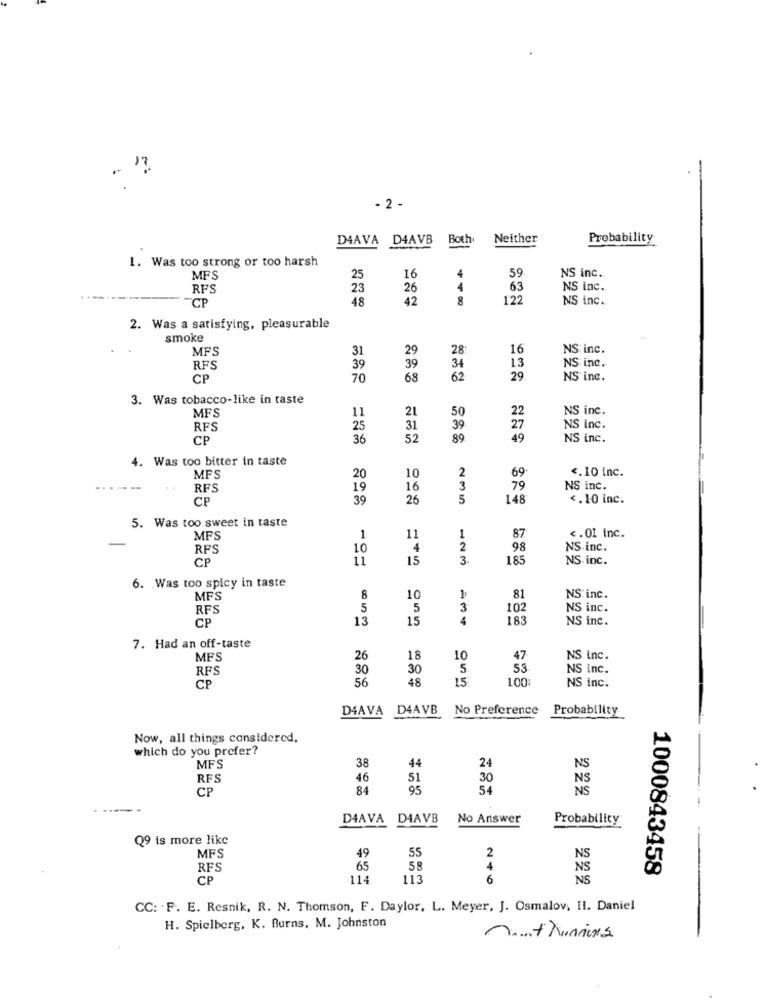
- 2 -
D4AVA D4AVB
Both
Neither
Probability
1. Was too strong or too harsh
MFS
25
16
4
59
NS inc.
RF'S
23
26
4
63
NS inc.
CP
48
42
8
122
NS inc ..
2. Was a satisfying, pleasurable
smoke
MFS
31
29
28
16
NS inc.
RFS
39
39
34
13
NS inc.
CP
70
68
62
29.
NS inc.
3. Was tobacco-like in taste
11
21
NS inc.
MFS
50
22
RFS
25
31
39
27
NS inc.
CP
36
52
89
49
NS inc.
4. Was too bitter in taste
2
69
<. 10 inc.
MFS
20
10
RFS
19
16
3
79
NS inc.
CP
39
26
5
148
<. 10 inc.
5. Was too sweet in taste
MFS
1
11
1
87
<. 01 inc.
RFS
10
4
2
98
NS.inc.
CP
11
15
3.
185
NS. inc.
6. Was too spicy in taste
MFS
8
10
1
81
NS: inc.
RFS
5
5
3
102
NS inc.
CP
13
15
4
183
NS inc.
7. Had an off-taste
MFS
26
18
10
47
NS inc.
RES
30
30
5
53
NS inc.
56
48
15
100:
CP
NS inc.
D4AVA D4AVB
No Preference
Probability
Now, all things considered,
which do you prefer?
38
24
NS
MFS
44
RES
46
51
30
NS
CP
84
95
54
NS
D4AVA
D4AVB
No Answer
Probability
Q9 is more like
2
MFS
49
55
NS
RFS
65
58
NS
1000843458
CP
114
113
6
NS
CC: . F. E. Resnik, R. N. Thomson, F. Daylor, L. Meyer, J. Osmalov, Il. Daniel
H. Spielberg, K. Burns, M. Johnston